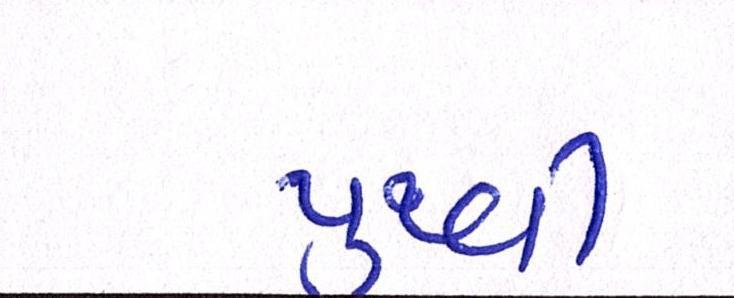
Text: પુથ્વી